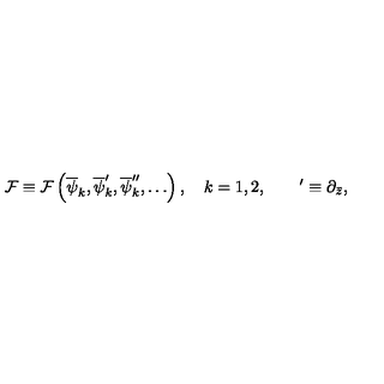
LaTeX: { \cal F } \equiv { \cal F } \left( \overline { \psi } _ { k } , \overline { \psi } _ { k } ^ { \prime } , \overline { \psi } _ { k } ^ { \prime \prime } , \ldots \right) , \quad k = 1 , 2 , \qquad ^ { \prime } \equiv \partial _ { \bar { z } } ,